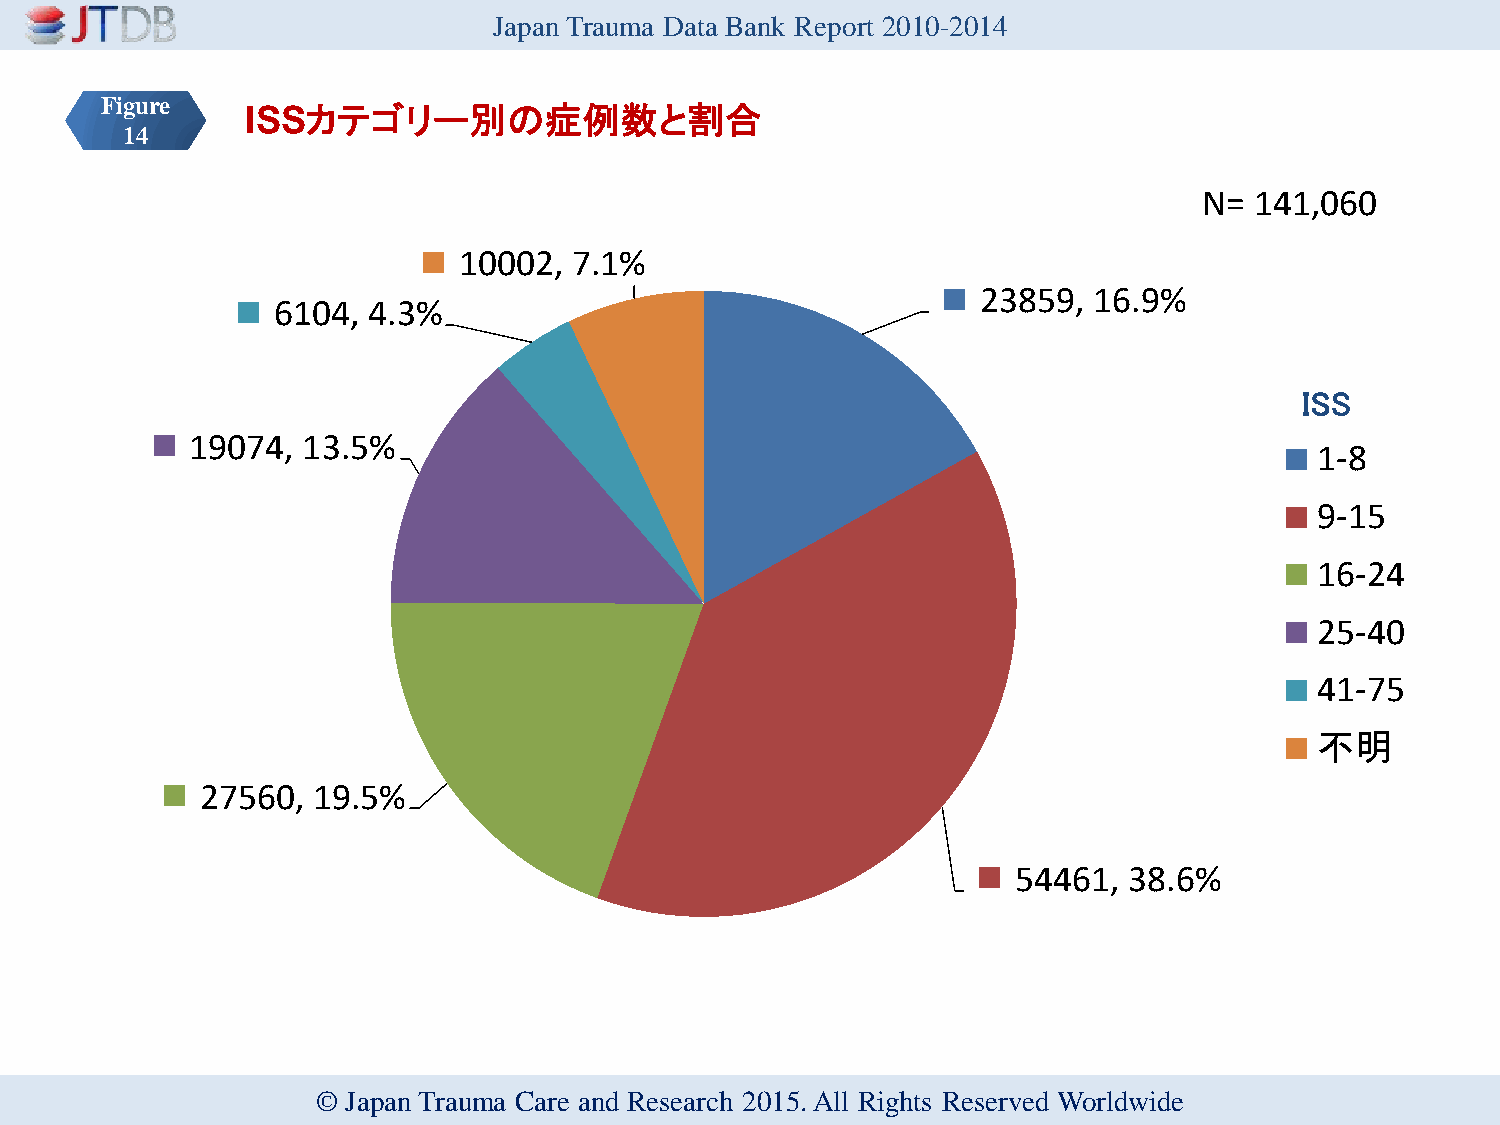
Japan Trauma Data Bank Report 2010-2014
 Figure
 ISSカテゴリー別の症例数と割合
 14
 N= 141,060
 10002,  7.1%
 23859, 16.9%
 6104, 4.3%
 ISS
 19074, 13.5%
 1-8
 9-15
 16-24
 25-40
 41-75
 不明
 27560,  19.5%
 54461,  38.6%
 © Japan Trauma Care and Research 2015. All Rights Reserved Worldwide